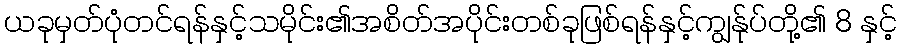
ယခုမှတ်ပုံတင်ရန်နှင့်သမိုင်း၏အစိတ်အပိုင်းတစ်ခုဖြစ်ရန်နှင့်ကျွန်ုပ်တို့၏ 8 နှင့်